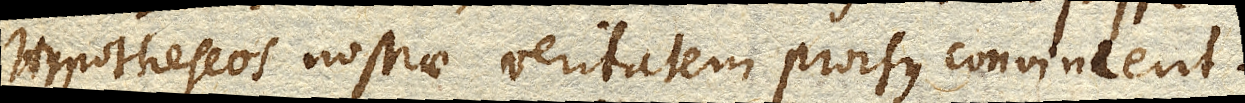
Hypotheseos nostrae veritatem prorsus convincent.